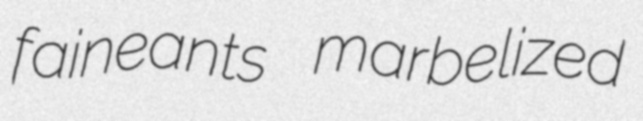
faineants marbelized